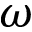
\omega